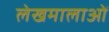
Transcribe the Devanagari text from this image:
लेखमालाओं